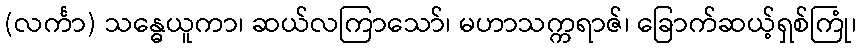
(လင်္ကာ) သန္ဓေယူကာ၊ ဆယ်လကြာသော်၊ မဟာသက္ကရာဇ်၊ ခြောက်ဆယ့်ရှစ်ကြုံ၊